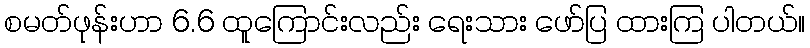
စမတ်ဖုန်းဟာ 6.6 ထူကြောင်းလည်း ရေးသား ဖော်ပြ ထားကြ ပါတယ်။